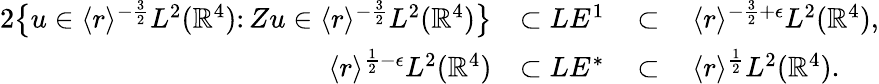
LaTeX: \begin{array}{rlrl}{{2}\bigl\{ u\in\langle r\rangle^{-\frac 32}L^{2}(\mathbb{R}^{4})\colon Zu\in\langle r\rangle^{-\frac 32}L^{2}(\mathbb{R}^{4})\bigr\} }&{\subset LE^{1}}&{\, \subset\, }&{\langle r\rangle^{-\frac 32+\epsilon}L^{2}(\mathbb{R}^{4}),}\\ {\langle r\rangle^{\frac 12-\epsilon}L^{2}(\mathbb{R}^{4})}&{\subset LE^{*}}&{\, \subset\, }&{\langle r\rangle^{\frac 12}L^{2}(\mathbb{R}^{4}).}\end{array}